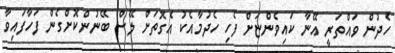
ހެދުން ވައްތަރީ އޭނާ ކައިވެންޏަށް ފެހި ހެދުމާއެކު އެގޮތަށް ލޭސް ބޭނުންކޮށްގެން ފަހާފައިވާ